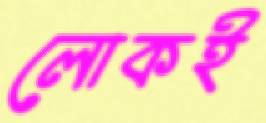
লোকই